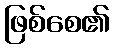
ဖြစ်စေ၏